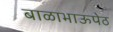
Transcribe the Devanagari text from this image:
बाळाभाऊपेठ